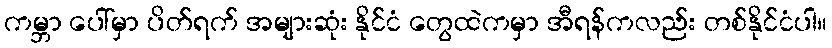
ကမ္ဘာ ပေါ်မှာ ပိတ်ရက် အများဆုံး နိုင်ငံ တွေထဲကမှာ အီရန်ကလည်း တစ်နိုင်ငံပါ။